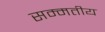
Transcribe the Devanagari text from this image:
सम्मतीय